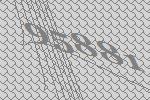
95881